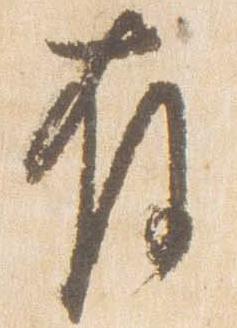
存